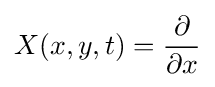
X(x,y,t)={\partial  \over \partial x}